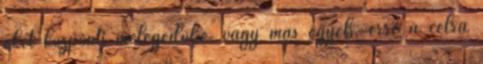
őket központi melegedőbe, vagy más egyéb, erre a célra